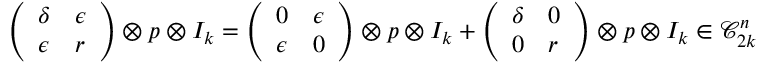
\left( \begin{array} { l l } { \delta } & { \epsilon } \\ { \epsilon } & { r } \end{array} \right) \otimes p \otimes I _ { k } = \left( \begin{array} { l l } { 0 } & { \epsilon } \\ { \epsilon } & { 0 } \end{array} \right) \otimes p \otimes I _ { k } + \left( \begin{array} { l l } { \delta } & { 0 } \\ { 0 } & { r } \end{array} \right) \otimes p \otimes I _ { k } \in \mathcal { C } _ { 2 k } ^ { n }